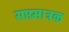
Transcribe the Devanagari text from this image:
सप्तमात्रक